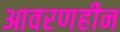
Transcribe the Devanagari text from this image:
आवरणहीन